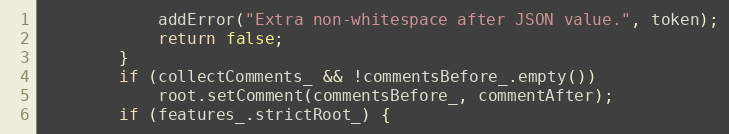
Language: C++
            addError("Extra non-whitespace after JSON value.", token);
            return false;
        }
        if (collectComments_ && !commentsBefore_.empty())
            root.setComment(commentsBefore_, commentAfter);
        if (features_.strictRoot_) {